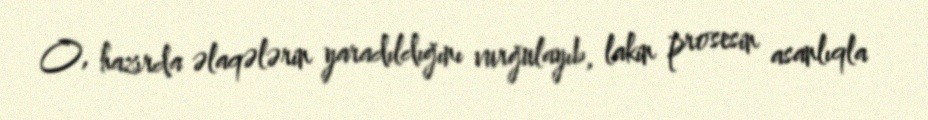
O, hazırda əlaqələrin yaradıldığını vurğulayıb, lakin prosesin asanlıqla